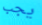
يجب